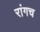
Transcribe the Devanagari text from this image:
रांगच